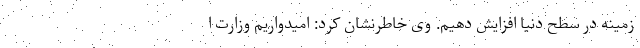
زمینه در سطح دنیا افزایش دهیم. وی خاطرنشان کرد: امیدواریم وزارت ا